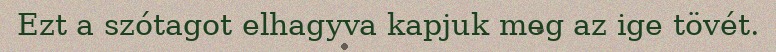
Ezt a szótagot elhagyva kapjuk meg az ige tövét.